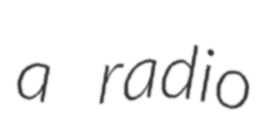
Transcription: a radio